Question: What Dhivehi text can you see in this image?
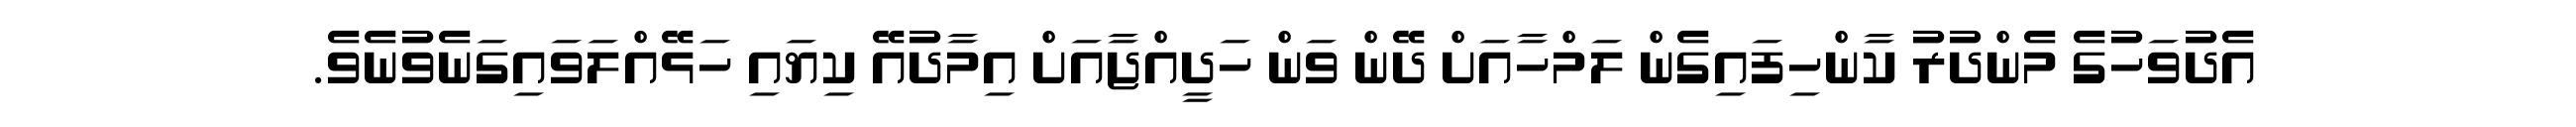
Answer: އެދުވަހުގެ މެންދުރު ކާންހިފައިގެން ލަމްހާއަށް ދޭން ވަން ހަދީއްޖާއަށް އިމާދުއޭ ކިޔައި ހަޅޭއްލަވައިގަނެވުނެވެ.